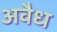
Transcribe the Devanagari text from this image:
अवैध